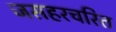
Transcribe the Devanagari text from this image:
जसहरचरित